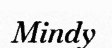
Mindy